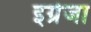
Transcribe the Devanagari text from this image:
इग्रेजा